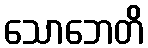
သောဘေတိ